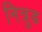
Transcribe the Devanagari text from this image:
नित्रुड